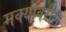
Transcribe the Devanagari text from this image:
मक्यावरील